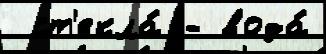
 ст'екла́ - вода́